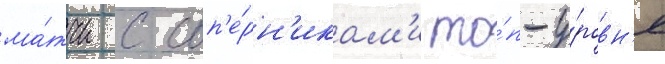
ма́тчи с соп'е́рн'икам'и то́п-у́ровн'я